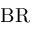
\mathrm { B R }